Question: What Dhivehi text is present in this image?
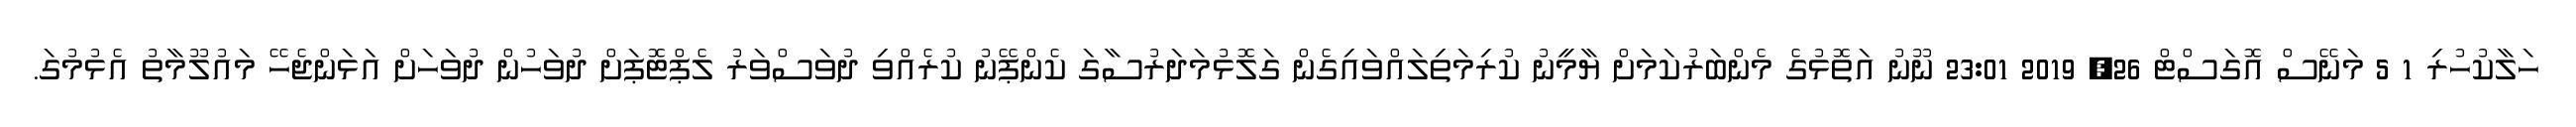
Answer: ހަލާކުހުރި 1 5 މަނޭސް އޮގަސްޓް 26, 2019 23:01 ނޫނު އަތޮޅުގެ މެންބަރުކަމަށް ޔާމީނު ކުރިމަތިލައްވައިގެން ގަލޮޅުމަދަރުސާގަ ކެންޕޭނު ކުރެއްވި ދުވަސްވަރު ލެޕްޓޮޕަށް ދުވަހުން ދުވަހަށް އަޅަންޖެހޭ މައުލޫމާތު އެޅުމުގަ.